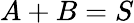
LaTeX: A+B=S